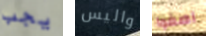
يجب واليس اصغوا